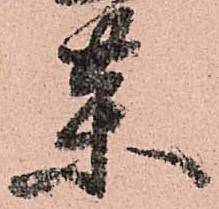
薬